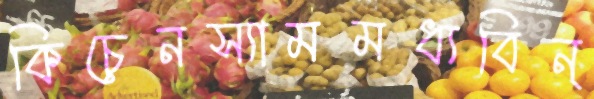
কিচেনস্যামমধ্যবিন্